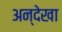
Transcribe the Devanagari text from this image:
अन्देखा